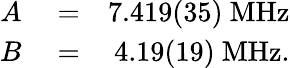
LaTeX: \begin{array}{rlr}{A}&{{}=}&{7.419(35)~\mathrm{{MHz}}}\\ {B}&{{}=}&{4.19(19)~\mathrm{{MHz}}.}\end{array}